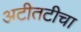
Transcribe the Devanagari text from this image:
अटीतटीचा